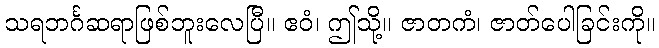
သရဘင်္ဂဆရာဖြစ်ဘူးလေပြီ။ ဧဝံ၊ ဤသို့။ ဇာတကံ၊ ဇာတ်ပေါခြင်းကို။